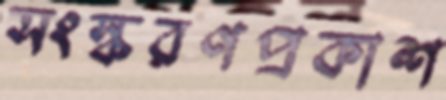
সংস্করণপ্রকাশ